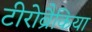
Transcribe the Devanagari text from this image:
टीरोब्रैकिया